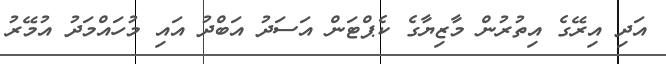
އަދި އިރޭގެ އިތުރުން މާޒިޔާގެ ކެޕްޓަން އަސަދު އަބްދު އައި މުހައްމަދު އުމޭރު